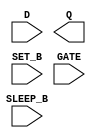
module sky130_fd_sc_lp__srdlstp (
    //# {{data|Data Signals}}
    input  D      ,
    output Q      ,

    //# {{control|Control Signals}}
    input  SET_B  ,

    //# {{clocks|Clocking}}
    input  GATE   ,

    //# {{power|Power}}
    input  SLEEP_B
);

    // Voltage supply signals
    supply1 KAPWR;
    supply1 VPWR ;
    supply0 VGND ;
    supply1 VPB  ;
    supply0 VNB  ;

endmodule